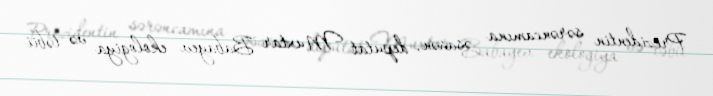
Prezidentin sərəncamına əsasən, deputat Muxtar Babayev ekologiya və təbii